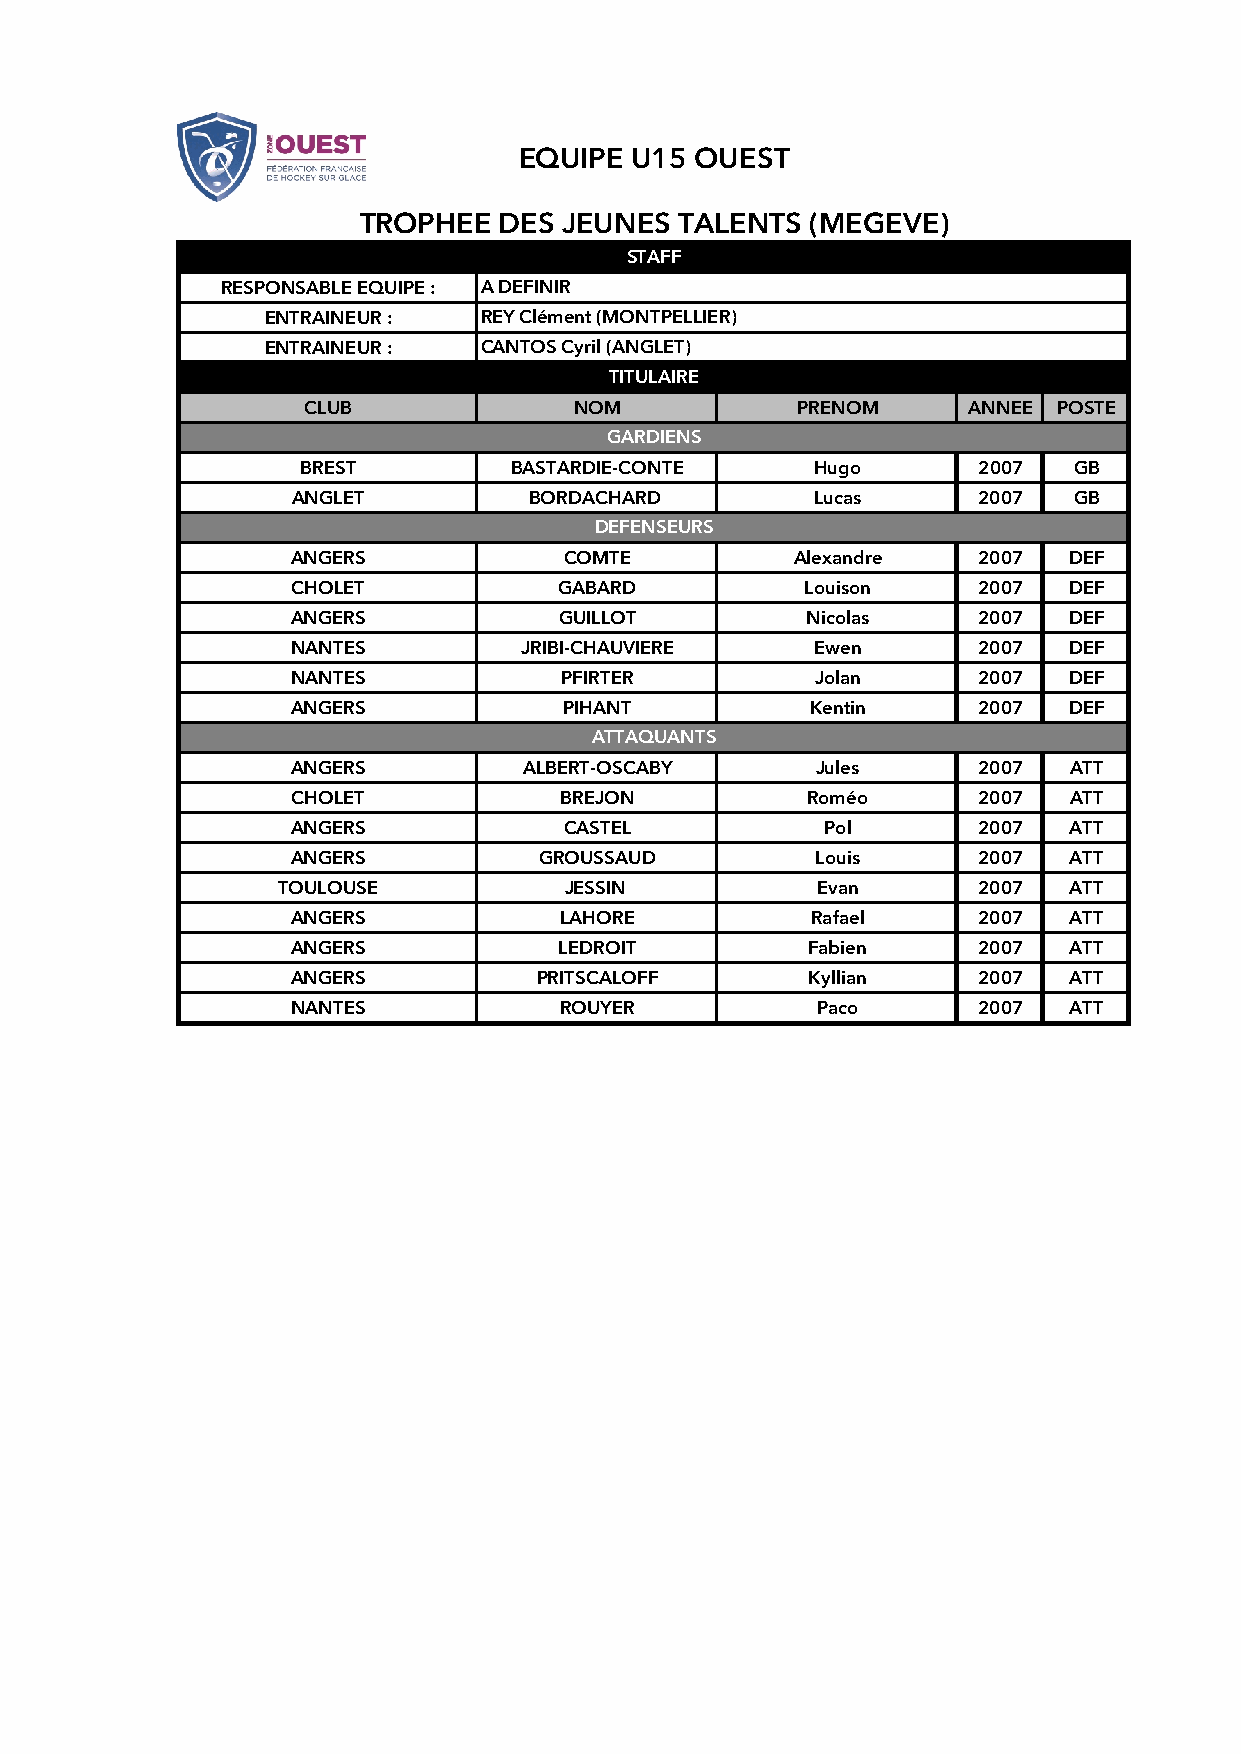
EQUIPE U15 OUEST
 TROPHEE  DES  JEUNES TALENTS  (MEGEVE)
 STAFF
 RESPONSABLE EQUIPE : A DEFINIR
 ENTRAINEUR :  REY Clément (MONTPELLIER)
 ENTRAINEUR :  CANTOS Cyril (ANGLET)
 TITULAIRE
 CLUB              NOM            PRENOM     ANNEE POSTE
 GARDIENS
 BREST         BASTARDIE-CONTE     Hugo       2007  GB
 ANGLET         BORDACHARD         Lucas      2007  GB
 DEFENSEURS
 ANGERS            COMTE          Alexandre   2007  DEF
 CHOLET           GABARD           Louison    2007  DEF
 ANGERS           GUILLOT          Nicolas    2007  DEF
 NANTES         JRIBI-CHAUVIERE    Ewen       2007  DEF
 NANTES           PFIRTER          Jolan      2007  DEF
 ANGERS            PIHANT          Kentin     2007  DEF
 ATTAQUANTS
 ANGERS         ALBERT-OSCABY      Jules      2007  ATT
 CHOLET           BREJON           Roméo      2007  ATT
 ANGERS            CASTEL           Pol       2007  ATT
 ANGERS          GROUSSAUD         Louis      2007  ATT
 TOULOUSE           JESSIN          Evan       2007  ATT
 ANGERS           LAHORE           Rafael     2007  ATT
 ANGERS           LEDROIT          Fabien     2007  ATT
 ANGERS          PRITSCALOFF       Kyllian    2007  ATT
 NANTES           ROUYER           Paco       2007  ATT